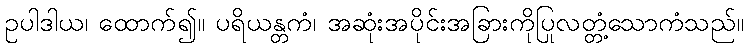
ဥပါဒါယ၊ ထောက်၍။ ပရိယန္တကံ၊ အဆုံးအပိုင်းအခြားကိုပြုလတ္တံ့သောကံသည်။